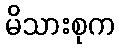
မိသားစုက